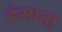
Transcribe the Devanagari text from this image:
हंसाता